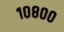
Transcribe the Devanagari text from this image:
१०८००